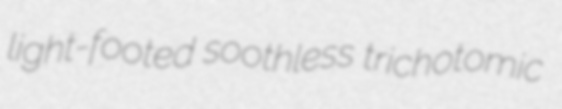
light-footed soothless trichotomic